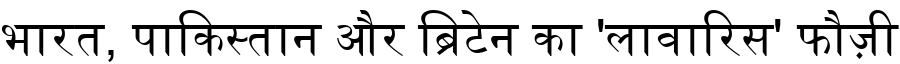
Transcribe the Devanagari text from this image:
भारत, पाकिस्तान और ब्रिटेन का 'लावारिस' फौज़ी